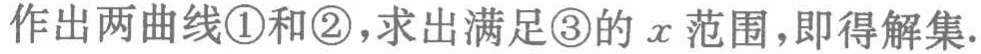
作出两曲线\textcircled{1}和\textcircled{2}，求出满足\textcircled{3}的 \(x\) 范围，即得解集.